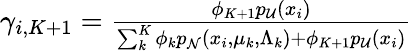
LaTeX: \begin{array}{r}{\gamma_{i,K+1}=\frac{\phi_{K+1}p_{\mathcal{U}}(x_{i})}{\sum_{k}^{K}\phi_{k}p_{\mathcal N}(x_{i},\mu_{k},\Lambda_{k})+\phi_{K+1}p_{\mathcal{U}}(x_{i})}}\end{array}